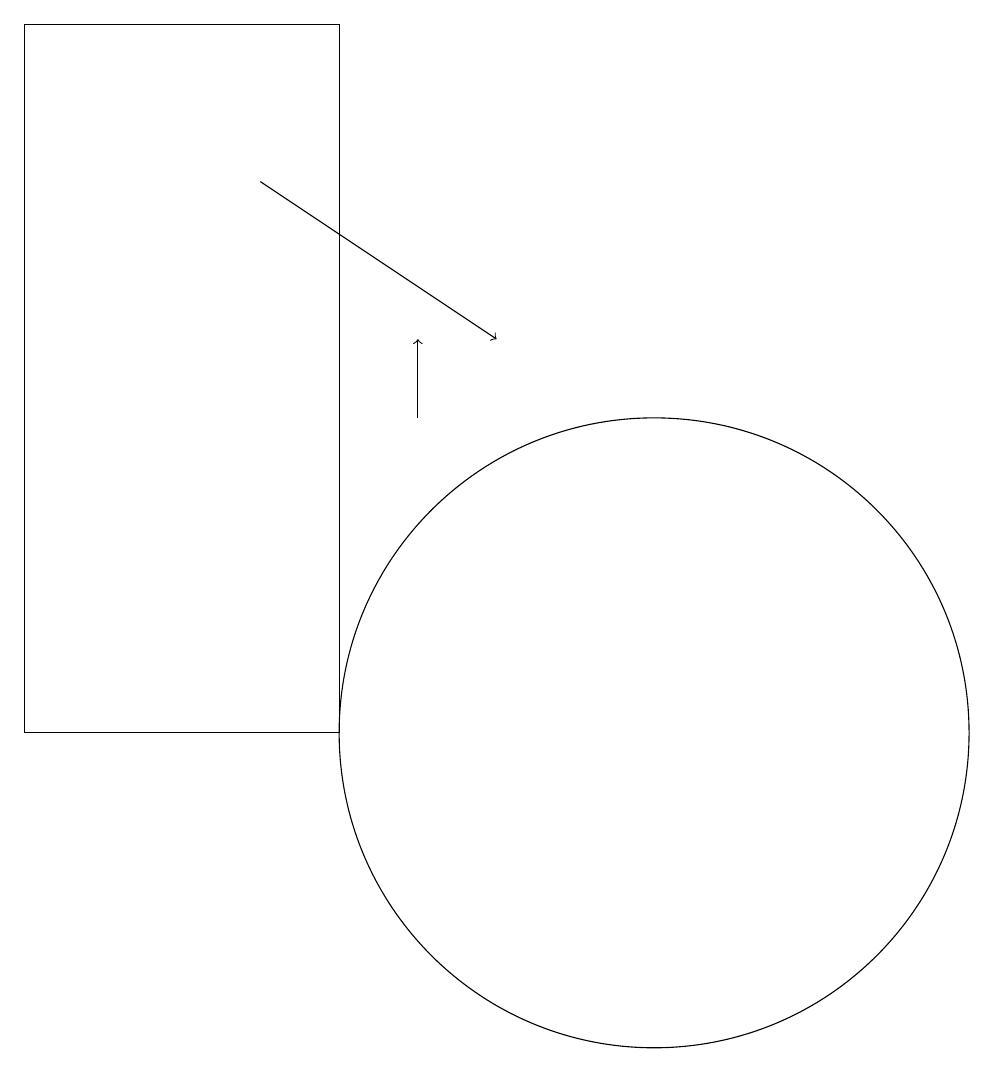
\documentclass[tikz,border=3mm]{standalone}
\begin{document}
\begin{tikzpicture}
\draw[->] (6,17) -- (9,15);
\draw[->] (8,14) -- (8,15);
\draw (11,10) circle (4);
\draw (7,10) rectangle (3,19);
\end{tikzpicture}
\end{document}